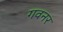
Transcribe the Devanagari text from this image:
गवनर